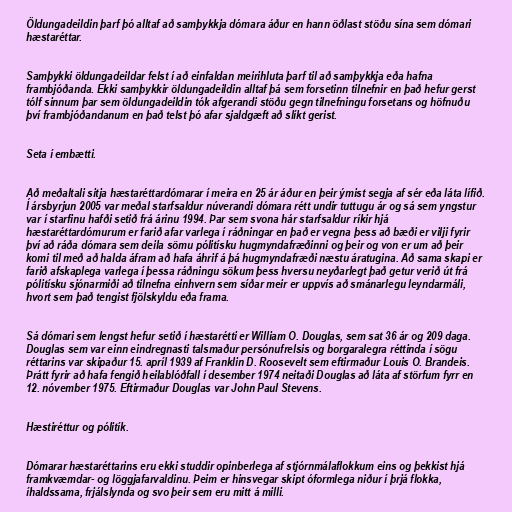
Öldungadeildin þarf þó alltaf að samþykkja dómara áður en hann öðlast stöðu sína sem dómari
hæstaréttar.

Samþykki öldungadeildar felst í að einfaldan meirihluta þarf til að samþykkja eða hafna
frambjóðanda. Ekki samþykkir öldungadeildin alltaf þá sem forsetinn tilnefnir en það hefur gerst
tólf sinnum þar sem öldungadeildin tók afgerandi stöðu gegn tilnefningu forsetans og höfnuðu
því frambjóðandanum en það telst þó afar sjaldgæft að slíkt gerist.

Seta í embætti.

Að meðaltali sitja hæstaréttardómarar í meira en 25 ár áður en þeir ýmist segja af sér eða láta lífið.
Í ársbyrjun 2005 var meðal starfsaldur núverandi dómara rétt undir tuttugu ár og sá sem yngstur
var í starfinu hafði setið frá árinu 1994. Þar sem svona hár starfsaldur ríkir hjá
hæstaréttardómurum er farið afar varlega í ráðningar en það er vegna þess að bæði er vilji fyrir
því að ráða dómara sem deila sömu pólitísku hugmyndafræðinni og þeir og von er um að þeir
komi til með að halda áfram að hafa áhrif á þá hugmyndafræði næstu áratugina. Að sama skapi er
farið afskaplega varlega í þessa ráðningu sökum þess hversu neyðarlegt það getur verið út frá
pólitísku sjónarmiði að tilnefna einhvern sem síðar meir er uppvís að smánarlegu leyndarmáli,
hvort sem það tengist fjölskyldu eða frama.

Sá dómari sem lengst hefur setið í hæstarétti er William O. Douglas, sem sat 36 ár og 209 daga.
Douglas sem var einn eindregnasti talsmaður persónufrelsis og borgaralegra réttinda í sögu
réttarins var skipaður 15. apríl 1939 af Franklin D. Roosevelt sem eftirmaður Louis O. Brandeis.
Þrátt fyrir að hafa fengið heilablóðfall í desember 1974 neitaði Douglas að láta af störfum fyrr en
12. nóvember 1975. Eftirmaður Douglas var John Paul Stevens.

Hæstiréttur og pólitík.

Dómarar hæstaréttarins eru ekki studdir opinberlega af stjórnmálaflokkum eins og þekkist hjá
framkvæmdar- og löggjafarvaldinu. Þeim er hinsvegar skipt óformlega niður í þrjá flokka,
íhaldssama, frjálslynda og svo þeir sem eru mitt á milli.